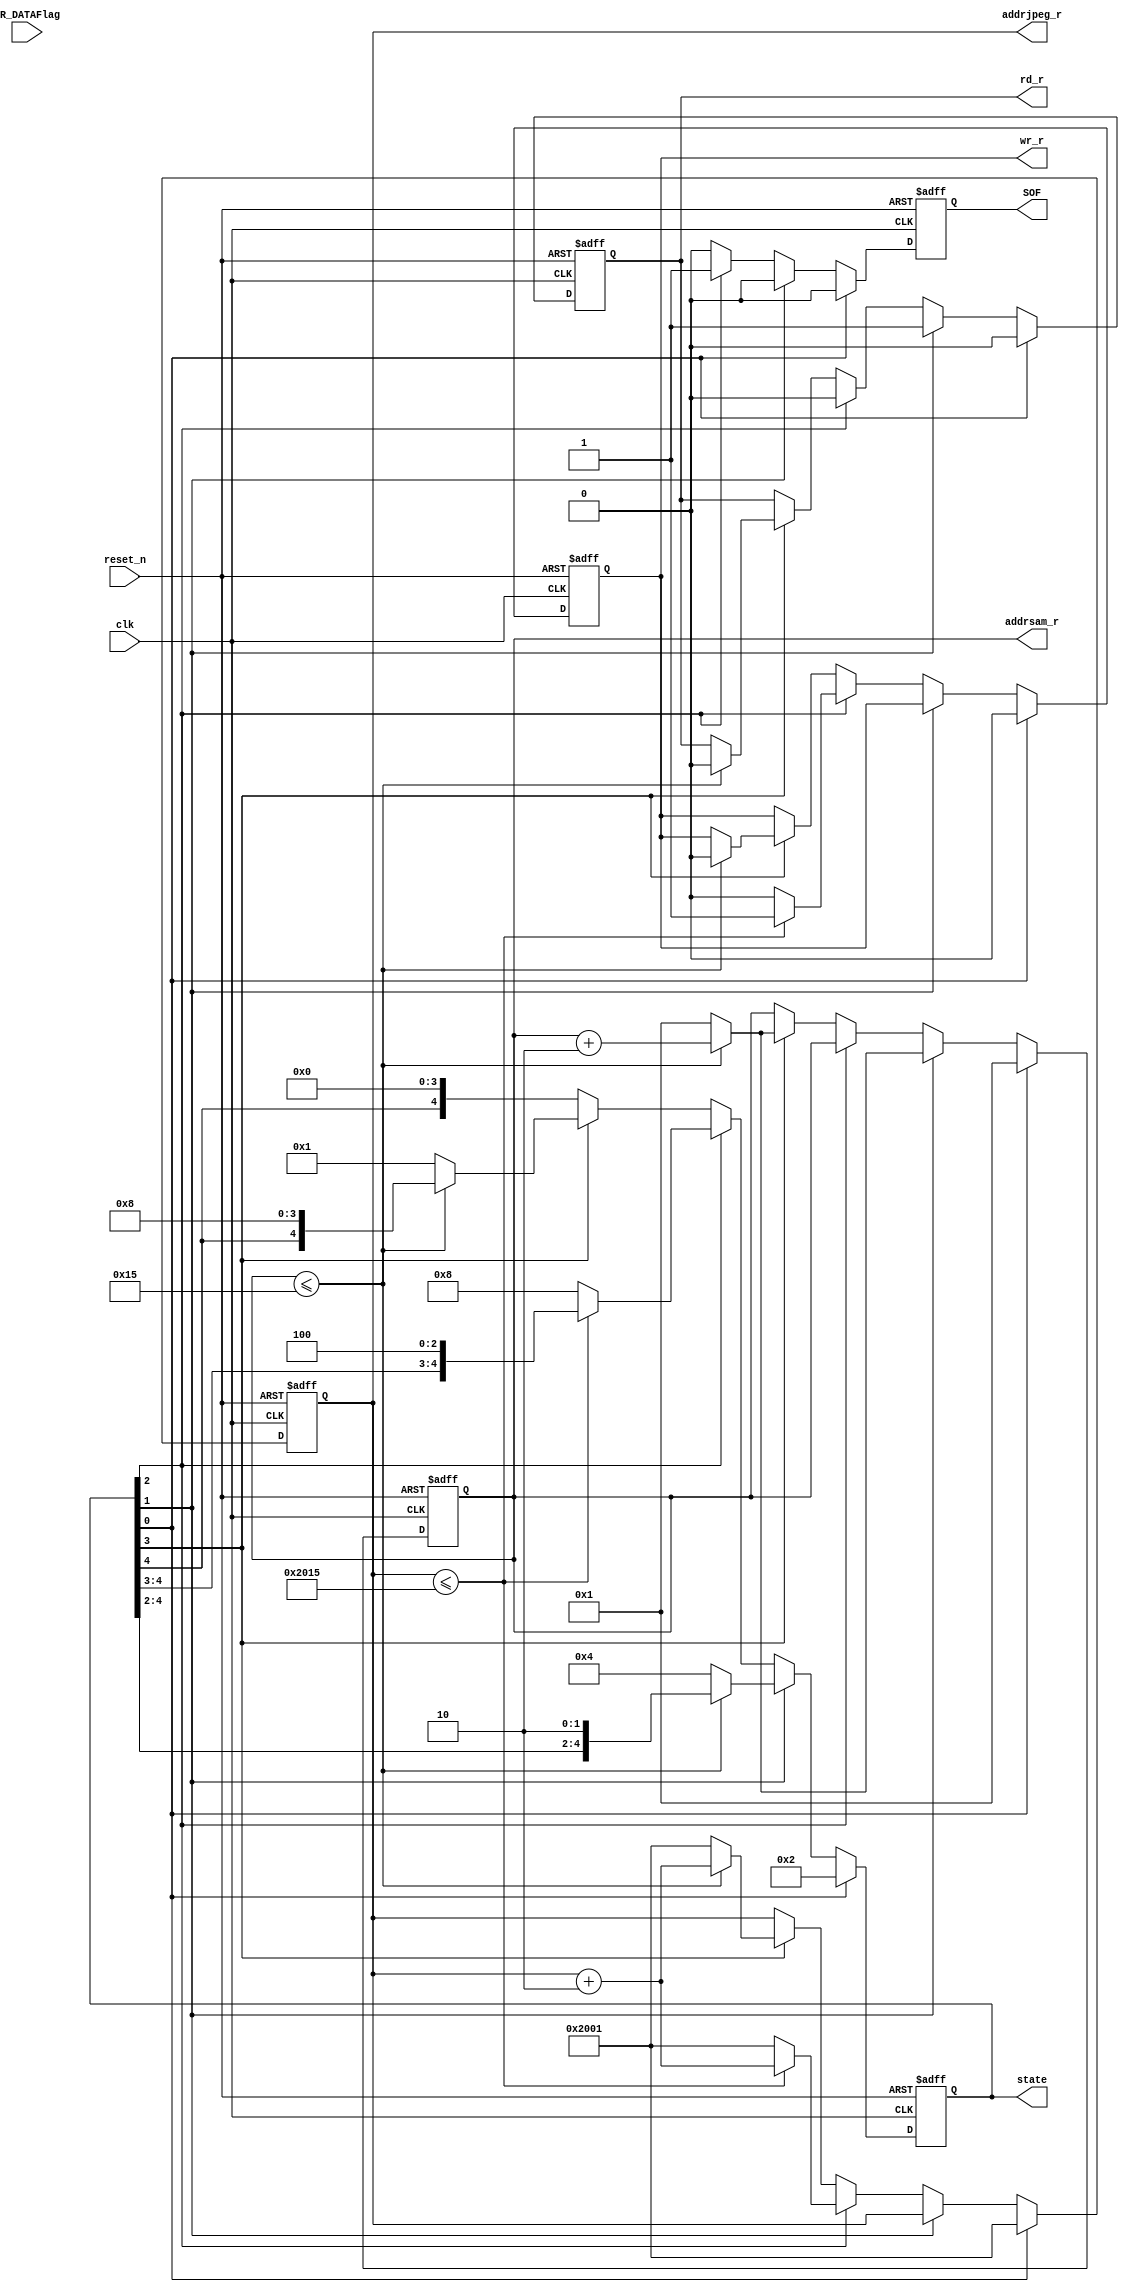
// Generated by MyHDL 0.9dev


`timescale 1ns/10ps

module RamCtrl (
    SOF,
    state,
    WR_DATAFlag,
    clk,
    reset_n,
    addrsam_r,
    addrjpeg_r,
    rd_r,
    wr_r
);
// Framing control FSM.
// 
// SOF -- start-of-frame output bit
// state -- RamState output
// WR_DATAFlag -- WR_DATA pattern found indication input
// clk -- clock input
// reset_n -- active low reset

output SOF;
reg SOF;
output [4:0] state;
reg [4:0] state;
input WR_DATAFlag;
input clk;
input reset_n;
output [22:0] addrsam_r;
reg [22:0] addrsam_r;
output [22:0] addrjpeg_r;
reg [22:0] addrjpeg_r;
output rd_r;
reg rd_r;
output wr_r;
reg wr_r;

reg [7:0] index;





always @(posedge clk, negedge reset_n) begin: RAMCTRL_FSM
    if ((reset_n == 0)) begin
        SOF <= 0;
        index <= 0;
        addrsam_r <= 1;
        addrjpeg_r <= (8192 + 1);
        rd_r <= 0;
        wr_r <= 0;
        state <= 5'b00001;
    end
    else begin
        index <= ((index + 1) % 8);
        SOF <= 0;
        casez (state)
            5'b????1: begin
                addrsam_r <= 1;
                addrjpeg_r <= (8192 + 1);
                rd_r <= 0;
                wr_r <= 0;
                state <= 5'b00010;
            end
            5'b???1?: begin
                rd_r <= 1;
                if ((addrsam_r <= 21)) begin
                    addrsam_r <= (addrsam_r + 2);
                end
                else begin
                    addrsam_r <= 1;
                    state <= 5'b00100;
                end
            end
            5'b??1??: begin
                rd_r <= 0;
                wr_r <= 1;
                SOF <= 1;
                if ((addrjpeg_r <= (8192 + 21))) begin
                    addrjpeg_r <= (addrjpeg_r + 2);
                end
                else begin
                    wr_r <= 0;
                    addrjpeg_r <= (8192 + 1);
                    state <= 5'b01000;
                end
            end
            5'b?1???: begin
                if ((addrsam_r <= 21)) begin
                    rd_r <= 1;
                    addrsam_r <= (addrsam_r + 2);
                    rd_r <= 0;
                    wr_r <= 1;
                    addrjpeg_r <= (addrjpeg_r + 2);
                    wr_r <= 0;
                end
                else begin
                    addrsam_r <= 1;
                    addrjpeg_r <= (8192 + 1);
                    state <= 5'b00001;
                end
            end
            5'b1????: begin
                SOF <= 0;
            end
            //default: begin
                //$finish;
            //end
        endcase
    end
end

endmodule